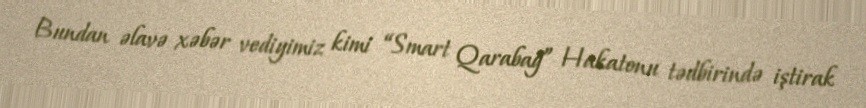
Bundan əlavə xəbər vediyimiz kimi “Smart Qarabağ” Hakatonu tədbirində iştirak